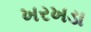
ખરખડા